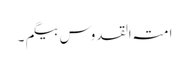
امتہ القدوس بیگم ۔